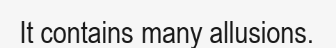
It contains many allusions.